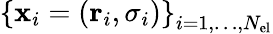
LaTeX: \left\{ \mathbf{x}_{i}=(\mathbf{r}_{i},\sigma_{i})\right\} _{i=1,\dots,N_{\mathrm{el}}}